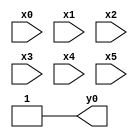
module top( x0 , x1 , x2 , x3 , x4 , x5 , y0 );
  input x0 , x1 , x2 , x3 , x4 , x5 ;
  output y0 ;
  assign y0 = ~1'b0 ;
endmodule